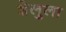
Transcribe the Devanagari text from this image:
शेलुला